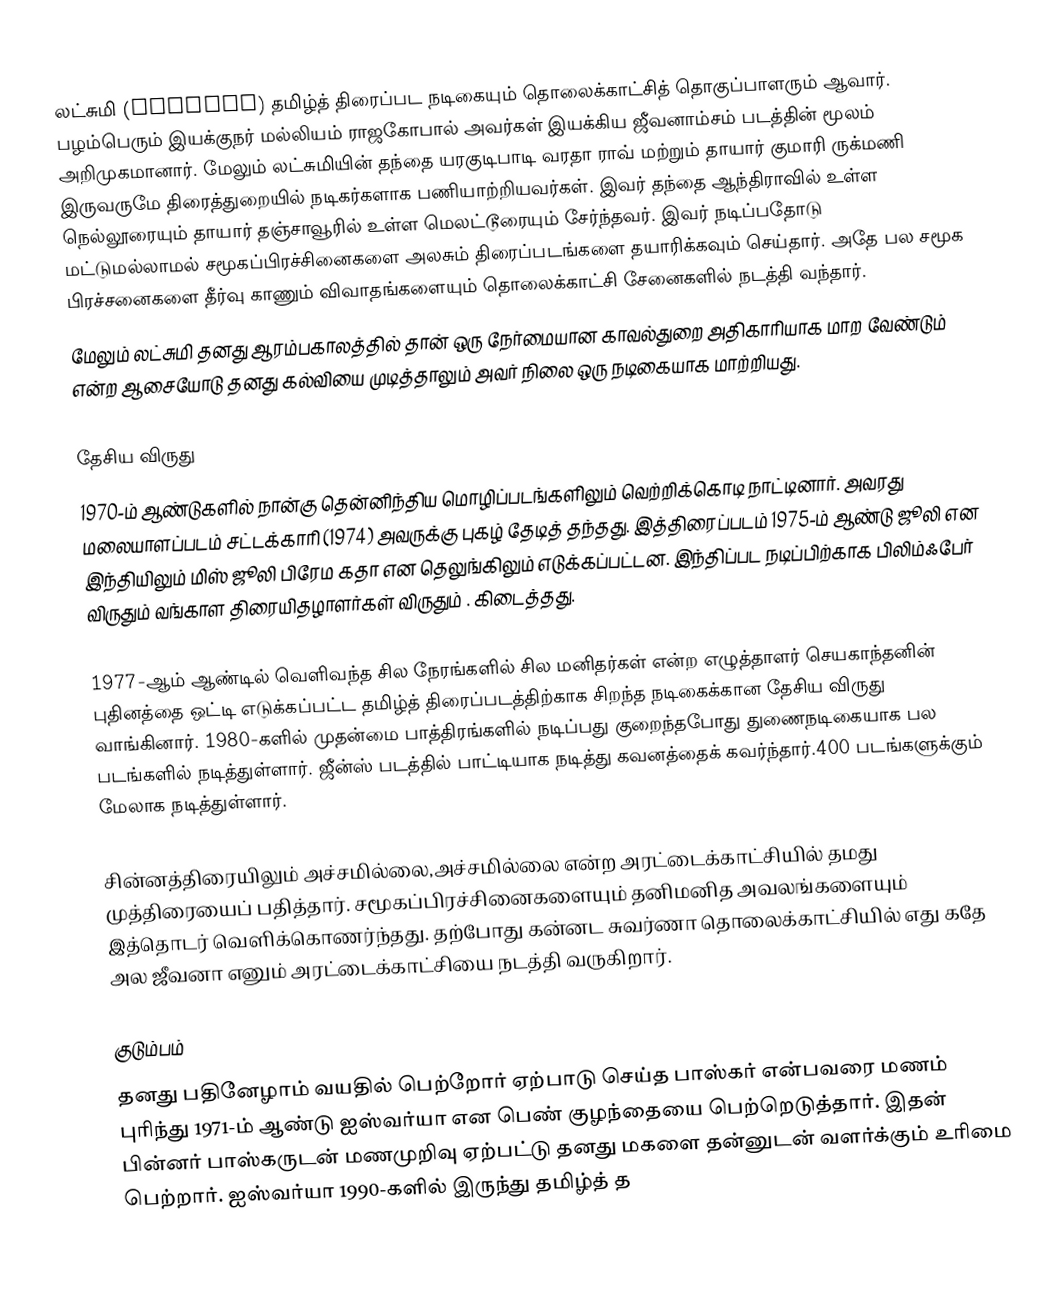
லட்சுமி (Lakshmi) தமிழ்த் திரைப்பட நடிகையும் தொலைக்காட்சித் தொகுப்பாளரும் ஆவார். பழம்பெரும் இயக்குநர் மல்லியம் ராஜகோபால் அவர்கள் இயக்கிய ஜீவனாம்சம் படத்தின் மூலம் அறிமுகமானார். மேலும் லட்சுமியின் தந்தை யரகுடிபாடி வரதா ராவ் மற்றும் தாயார் குமாரி ருக்மணி இருவருமே திரைத்துறையில் நடிகர்களாக பணியாற்றியவர்கள். இவர் தந்தை ஆந்திராவில் உள்ள நெல்லூரையும் தாயார் தஞ்சாவூரில் உள்ள மெலட்டூரையும் சேர்ந்தவர். இவர் நடிப்பதோடு மட்டுமல்லாமல் சமூகப்பிரச்சினைகளை அலசும் திரைப்படங்களை தயாரிக்கவும் செய்தார். அதே பல சமூக பிரச்சனைகளை தீர்வு காணும் விவாதங்களையும் தொலைக்காட்சி சேனைகளில் நடத்தி வந்தார்.
 மேலும் லட்சுமி தனது ஆரம்பகாலத்தில் தான் ஒரு நேர்மையான காவல்துறை அதிகாரியாக மாற வேண்டும் என்ற ஆசையோடு தனது கல்வியை முடித்தாலும் அவர் நிலை ஒரு நடிகையாக மாற்றியது.

தேசிய விருது
1970-ம் ஆண்டுகளில் நான்கு தென்னிந்திய மொழிப்படங்களிலும் வெற்றிக்கொடி நாட்டினார். அவரது மலையாளப்படம் சட்டக்காரி (1974) அவருக்கு புகழ் தேடித் தந்தது. இத்திரைப்படம் 1975-ம் ஆண்டு ஜூலி என இந்தியிலும் மிஸ் ஜூலி பிரேம கதா என தெலுங்கிலும் எடுக்கப்பட்டன. இந்திப்பட நடிப்பிற்காக பிலிம்ஃபேர் விருதும் வங்காள திரையிதழாளர்கள் விருதும் . கிடைத்தது.

1977-ஆம் ஆண்டில் வெளிவந்த சில நேரங்களில் சில மனிதர்கள் என்ற எழுத்தாளர் செயகாந்தனின் புதினத்தை ஒட்டி எடுக்கப்பட்ட தமிழ்த் திரைப்படத்திற்காக சிறந்த நடிகைக்கான தேசிய விருது வாங்கினார். 1980-களில் முதன்மை பாத்திரங்களில் நடிப்பது குறைந்தபோது துணைநடிகையாக பல படங்களில் நடித்துள்ளார். ஜீன்ஸ் படத்தில் பாட்டியாக நடித்து கவனத்தைக் கவர்ந்தார்.400 படங்களுக்கும் மேலாக நடித்துள்ளார்.

சின்னத்திரையிலும் அச்சமில்லை,அச்சமில்லை என்ற அரட்டைக்காட்சியில் தமது முத்திரையைப் பதித்தார். சமூகப்பிரச்சினைகளையும் தனிமனித அவலங்களையும் இத்தொடர் வெளிக்கொணர்ந்தது. தற்போது கன்னட சுவர்ணா தொலைக்காட்சியில் எது கதே அல ஜீவனா எனும் அரட்டைக்காட்சியை நடத்தி வருகிறார்.

குடும்பம்
தனது பதினேழாம் வயதில் பெற்றோர் ஏற்பாடு செய்த பாஸ்கர் என்பவரை மணம் புரிந்து 1971-ம் ஆண்டு ஐஸ்வர்யா என பெண் குழந்தையை பெற்றெடுத்தார். இதன் பின்னர் பாஸ்கருடன் மணமுறிவு ஏற்பட்டு தனது மகளை தன்னுடன் வளர்க்கும் உரிமை பெற்றார். ஐஸ்வர்யா 1990-களில் இருந்து தமிழ்த் த